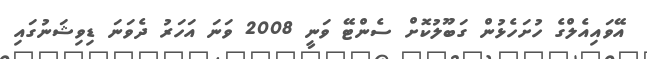
އޭވައިއެލްގެ ހުށަހެޅުން ގަބޫލުކޮށް ސެންޓޭ ވަނީ 2008 ވަނަ އަހަރު ދެވަނަ ޑިވިޝަނުގައި